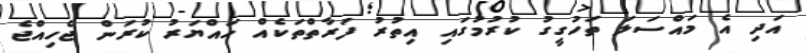
އަދި އެ މައްސަލަ ތަހުގީގު ކުރުމުގައި އިތުރު ފަރާތްތަކެއް ހައްޔަރު ކުރަން ޖެހިއްޖެ